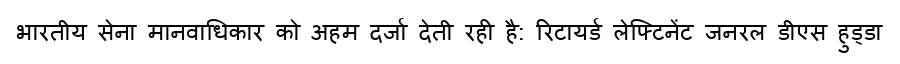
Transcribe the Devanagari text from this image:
भारतीय सेना मानवाधिकार को अहम दर्जा देती रही है: रिटायर्ड लेफ्टिनेंट जनरल डीएस हुड्डा